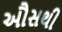
ઔસથી